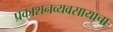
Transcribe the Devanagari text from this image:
प्रकाशनव्यवसायाचा